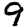
Digit: 9